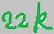
Text: 22k